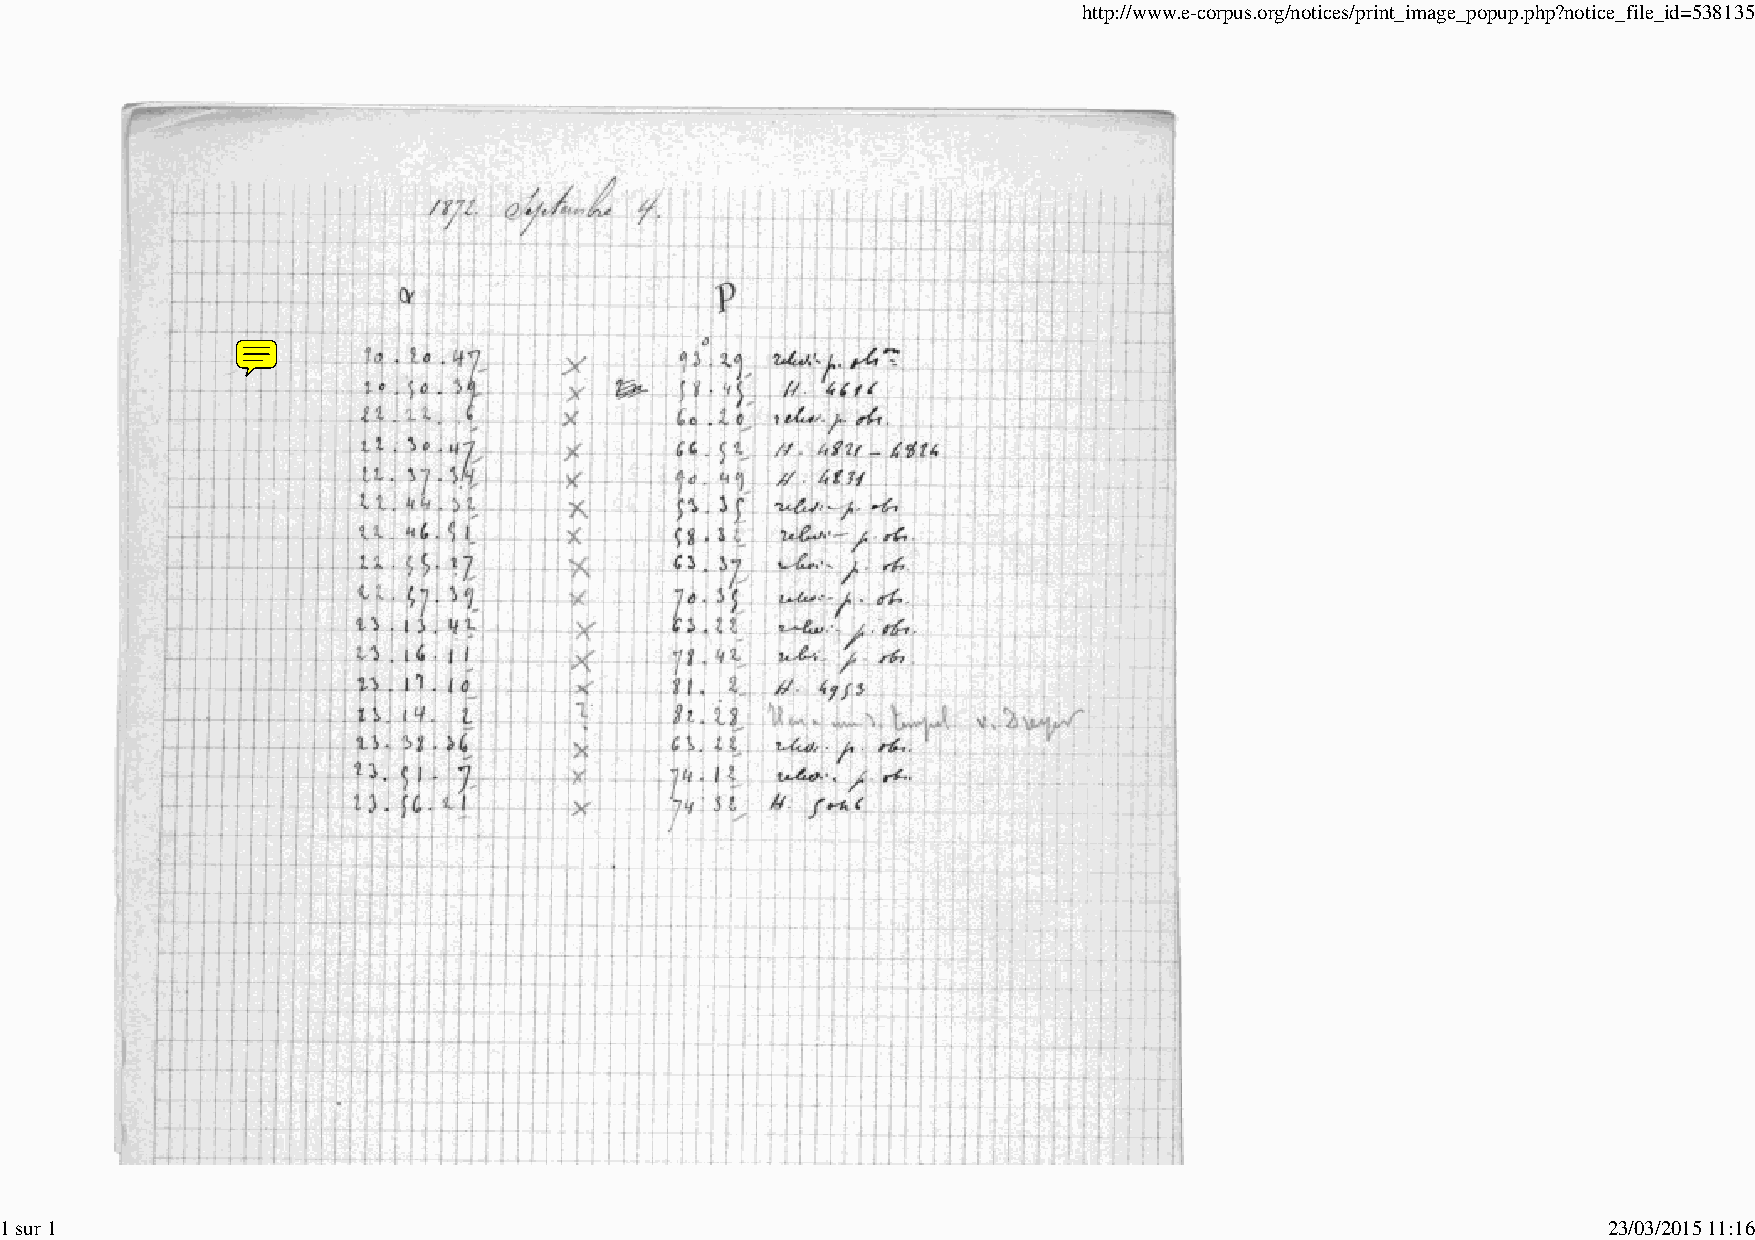
http://www.e-corpus.org/notices/print_image_popup.php?notice_file_id=538135
 1 sur 1                                                                                                   23/03/2015 11:16